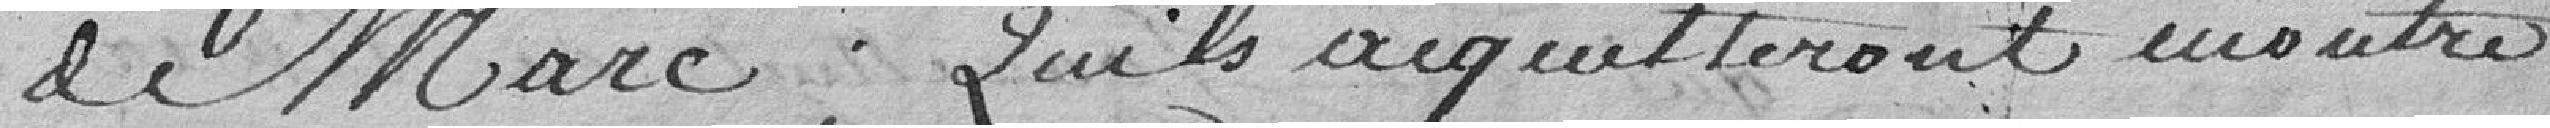
de Marc qu'ils acquitteront montre